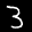
Label: 3